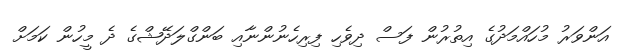
އަންވަރު މުހައްމަދުގެ އިތުރުން ފަސް ދިވެހި ފިރިހެނުންނާއި ބަންގްލަދޭޝްގެ ދެ މީހުން ކަމަށް